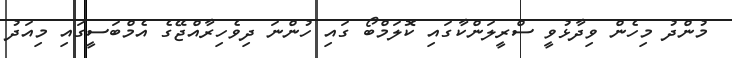
މުންދު މިހެން ވިދާޅުވީ ސްރީލަންކާގައި ކޮލަމްބޯ ގައި ހުންނަ ދިވެހިރާއްޖޭގެ އެމްބަސީގައި މިއަދު